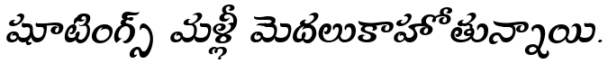
షూటింగ్స్ మళ్లీ మెదలుకాహోతున్నాయి.